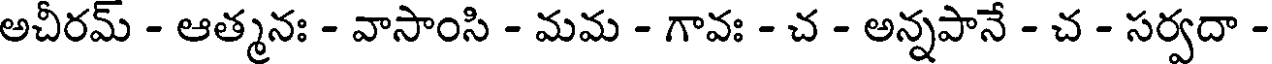
అచీరమ్ - ఆత్మనః - వాసాంసి - మమ - గావః - చ - అన్నపానే - చ - సర్వదా -